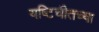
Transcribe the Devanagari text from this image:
यष्टिचीतच्या